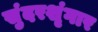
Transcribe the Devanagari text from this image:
सुंदरशृंगार